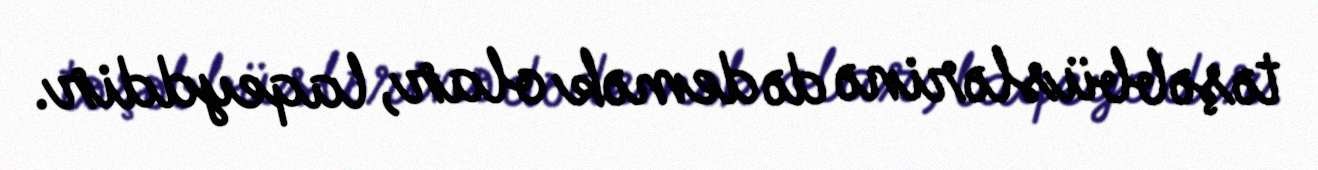
təşəbbüslərinə də demək olar, laqeyddir.